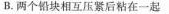
B.两个铅块相互压紧后粘在一起